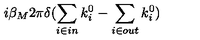
i \beta _ { M } 2 \pi \delta ( \sum _ { i \in i n } k _ { i } ^ { 0 } - \sum _ { i \in o u t } k _ { i } ^ { 0 } )